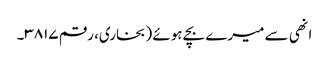
انھی سے میرے بچے ہوئے (بخاری، رقم ۳۸۱۷۔